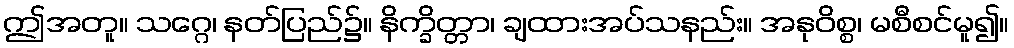
ဤအတူ။ သဂ္ဂေ၊ နတ်ပြည်၌။ နိက္ခိတ္တာ၊ ချထားအပ်သနည်း။ အနုဝိစ္စ၊ မစီစင်မူ၍။